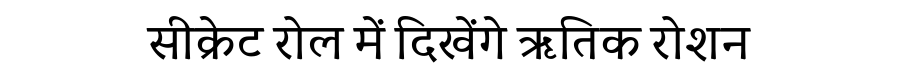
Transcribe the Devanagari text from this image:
सीक्रेट रोल में दिखेंगे ऋतिक रोशन